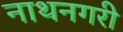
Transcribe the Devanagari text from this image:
नाथनगरी